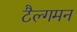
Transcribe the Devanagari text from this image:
टैल्गमन